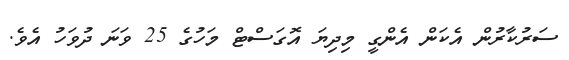
ސަރުކާރުން އެކަން އެންގީ މިދިޔަ އޮގަސްޓް މަހުގެ 25 ވަނަ ދުވަހު އެވެ.